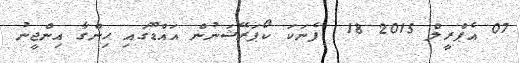
07 އެޕްރީލް 2015 18  ފެނަކަ ކޯޕަރޭޝަނުން އައްޑޫގައި ހިންގާ އިންޖީނު